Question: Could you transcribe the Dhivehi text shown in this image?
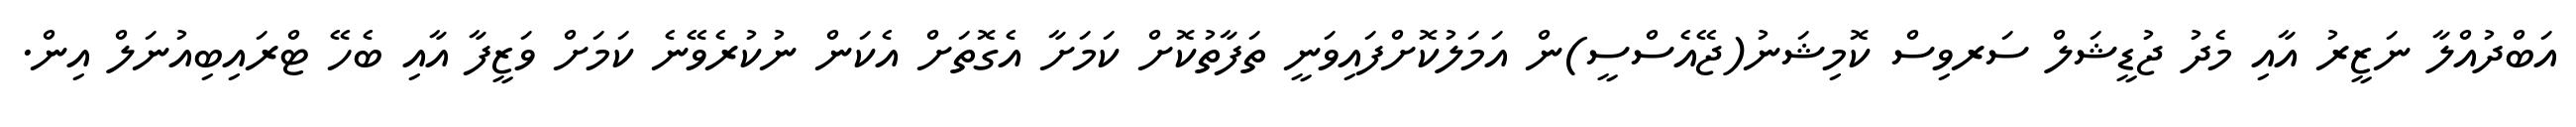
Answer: އަބްދުއްލާ ނަޒީރު އާއި މެދު ޖުޑީޝަލް ސަރވިސް ކޮމިޝަނު(ޖޭއެސްސީ)ން އަމަލުކޮށްފައިވަނީ ތަފާތުކޮށް ކަމަށާ އެގޮތަށް އެކަން ނުކުރެވޭނެ ކަމަށް ވަޒީފާ އާއި ބެހޭ ޓްރައިބިއުނަލް އިން.